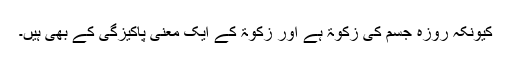
کیونکہ روزہ جسم کی زکوٰۃ ہے اور زکوٰۃ کے ایک معنی پاکیزگی کے بھی ہیں۔